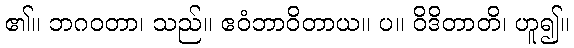
၏။ ဘဂဝတာ၊ သည်။ ဧဝံဘာဝိတာယ။ ပ။ ဝိဒိတာတိ၊ ဟူ၍။